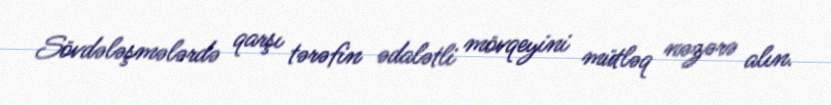
Sövdələşmələrdə qarşı tərəfin ədalətli mövqeyini mütləq nəzərə alın.